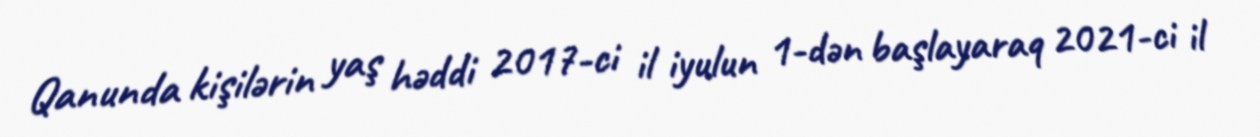
Qanunda kişilərin yaş həddi 2017-ci il iyulun 1-dən başlayaraq 2021-ci il